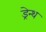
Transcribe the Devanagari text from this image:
ड्रेन्थ